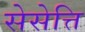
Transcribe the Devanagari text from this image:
सेसेत्ति